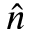
\hat { n }